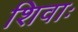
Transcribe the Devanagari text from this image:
शिवाः